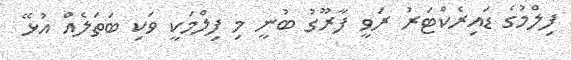
ފިލްމުގެ ޑައިރެކްޓަރު ރަވީ ފާރޫގު ބުނީ މި ފިލްމަކީ ވަކި ބަތަލެއް އުޅޭ